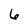
Character: 6